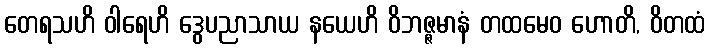
တေရသဟိ ဝါရေဟိ ဒွေပညာသာယ နယေဟိ ဝိဘဇ္ဇမာနံ တထမေဝ ဟောတိ, ဝိတထံ